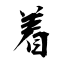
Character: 着